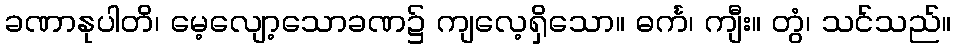
ခဏာနုပါတိ၊ မေ့လျော့သောခဏ၌ ကျလေ့ရှိသော။ ဓင်္က၊ ကျီး။ တွံ၊ သင်သည်။